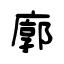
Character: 廓